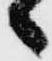
々